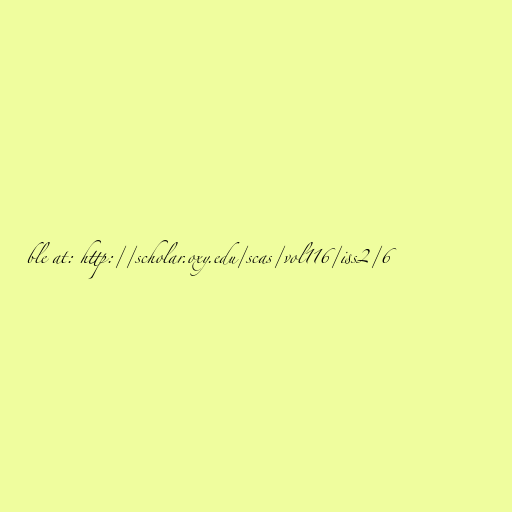
ble at: http://scholar.oxy.edu/scas/vol116/iss2/6